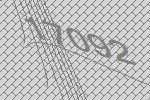
17092